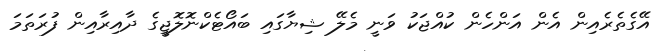
އޭގެތެރެއިން އެން އަންހެން ކުއްޖަކު ވަނީ މެލޭ ޝިޔާގައި ބައޯޓެކްނޮލޮޖީގެ ދާއިރާއިން ފުރަތަމަ